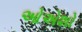
ઓએશો